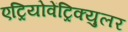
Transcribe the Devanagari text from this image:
एट्रियोवेंट्रिक्युलर